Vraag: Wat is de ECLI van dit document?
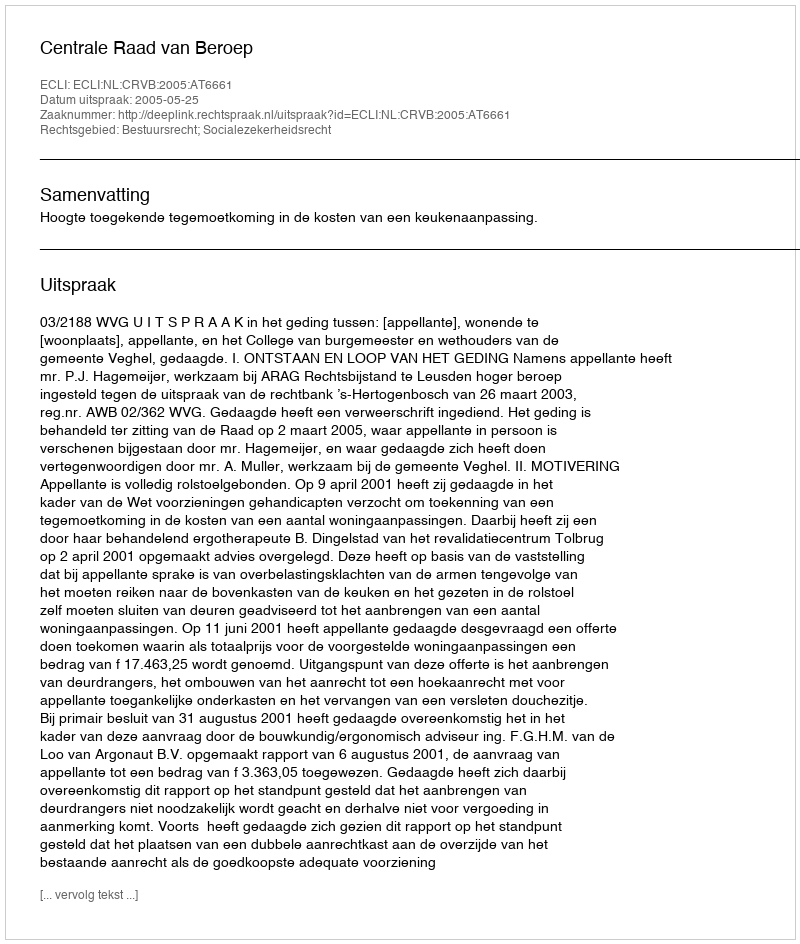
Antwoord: ECLI:NL:CRVB:2005:AT6661